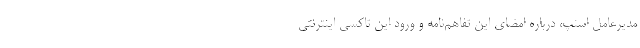
مدیرعامل اسنپ، درباره امضای این تفاهم‌نامه و ورود این تاکسی اینترنتی